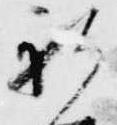
新